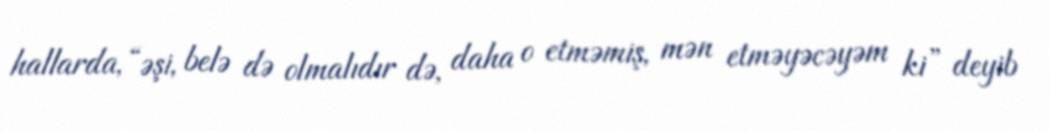
hallarda, “əşi, belə də olmalıdır də, daha o etməmiş, mən etməyəcəyəm ki” deyib